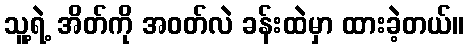
သူ့ရဲ့ အိတ်ကို အဝတ်လဲ ခန်းထဲမှာ ထားခဲ့တယ်။